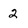
Character: 2